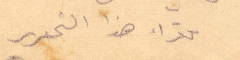
كفراء هذا التحرير